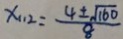
x _ { 1 1 2 } = \frac { 4 \pm \sqrt { 1 6 0 } } { 8 }